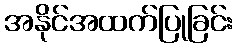
အနိုင်အထက်ပြုခြင်း